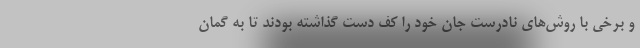
و برخی با روش‌های نادرست جان خود را کف دست گذاشته بودند تا به گمان